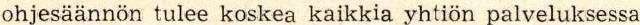
ohjesaännön tulee koskea kaikkia yhtiön palveluksessa